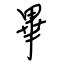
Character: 畢